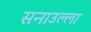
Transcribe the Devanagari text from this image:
सनाउल्ला